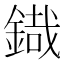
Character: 𮢜